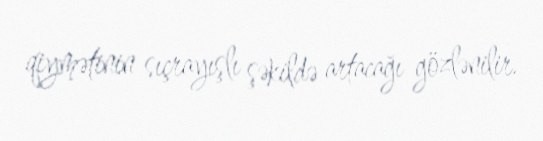
qiymətinin sıçrayışlı şəkildə artacağı gözlənilir.